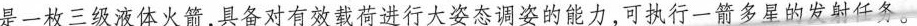
是一枚三级液体火箭，具备对有效载荷进行大姿态调姿的能力，可执行一箭多星的发射任务。